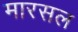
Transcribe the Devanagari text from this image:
मारसल